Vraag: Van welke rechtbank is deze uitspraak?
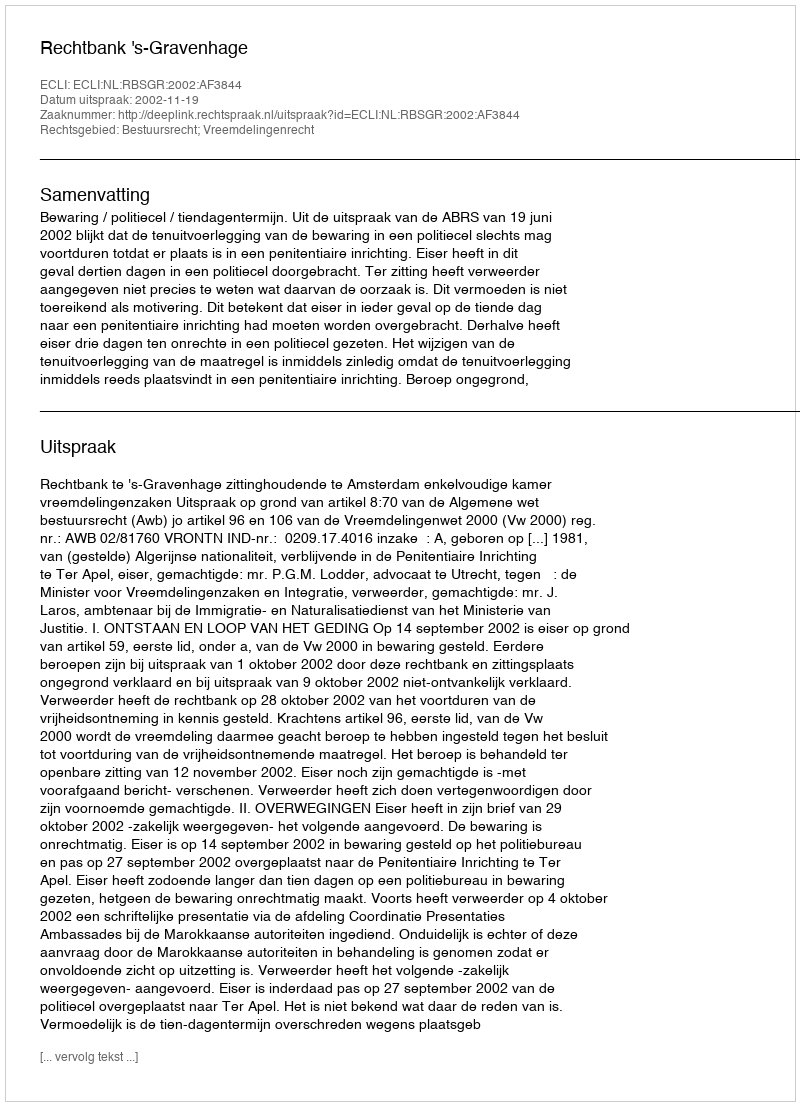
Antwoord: Rechtbank 's-Gravenhage